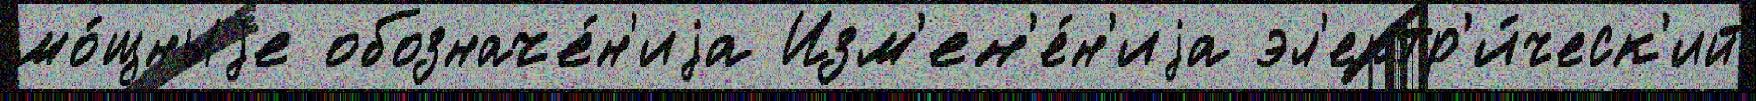
мо́щныjе обозначе́н'иjа Изм'ен'е́н'иjа эл'ектр'и́ческ'ий